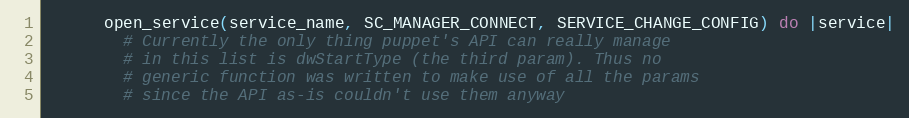
Language: Ruby
      open_service(service_name, SC_MANAGER_CONNECT, SERVICE_CHANGE_CONFIG) do |service|
        # Currently the only thing puppet's API can really manage
        # in this list is dwStartType (the third param). Thus no
        # generic function was written to make use of all the params
        # since the API as-is couldn't use them anyway